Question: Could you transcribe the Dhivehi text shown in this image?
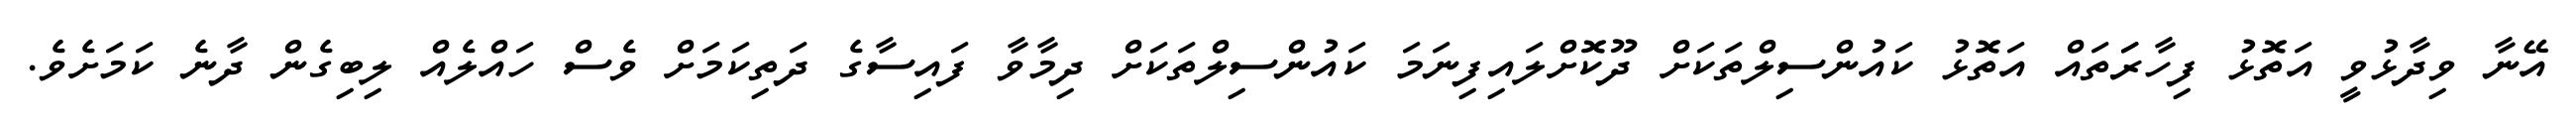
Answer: އޭނާ ވިދާޅުވީ އަތޮޅު ފިހާރަަތައް އަތޮޅު ކައުންސިލްތަކަށް ދޫކޮށްލައިފިނަމަ ކައުންސިލްތަކަށް ދިމާވާ ފައިސާގެ ދަތިކަމަށް ވެސް ހައްލެއް ލިބިގެން ދާނެ ކަމަށެވެ.